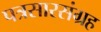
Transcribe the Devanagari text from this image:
पत्रसारसंग्रह